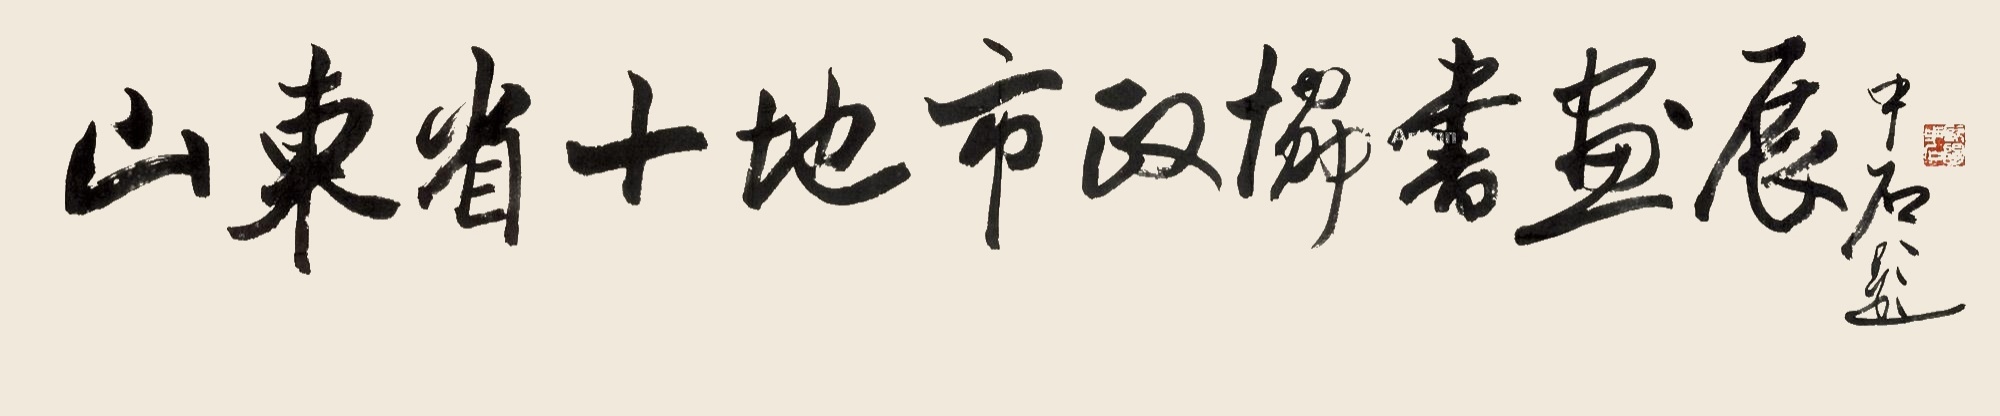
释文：山东省十地市政协书画展。中石题。